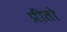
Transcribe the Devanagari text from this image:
प्रीतो